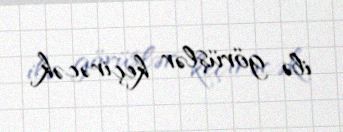
ilə görüşlər keçirəcək.